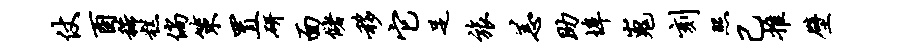
仗酉稀糕倘策置研面储移它足旅恙助埠嵬刻照己推壁